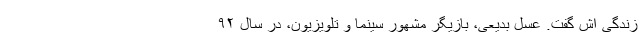
زندگی اش گفت. عسل بدیعی، بازیگر مشهور سینما و تلویزیون، در سال ۹۲